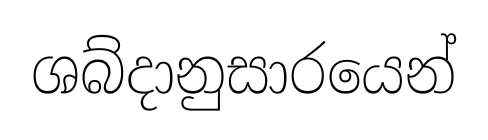
ශබ්දානුසාරයෙන්